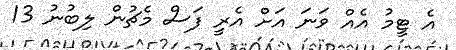
އެ ޓީމު އެއް ވަނަ އަށް އެރީ ފަސް މެޗުން ލިބުނު 13